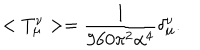
LaTeX: < T _ { \mu } ^ { \nu } > = \frac { 1 } { 9 6 0 \pi ^ { 2 } \alpha ^ { 4 } } \delta _ { \mu } ^ { \nu } .